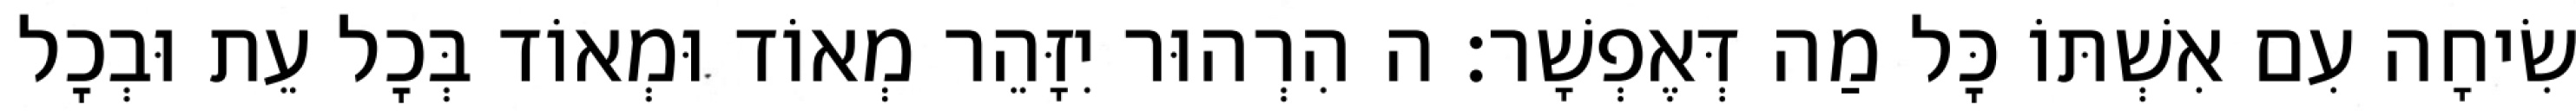
שִׂיחָה עִם אִשְׁתּוֹ כׇּל מַה דְּאֶפְשָׁר: ה הִרְהוּר יִזָּהֵר מְאוֹד וּמְאוֹד בְּכׇל עֵת וּבְכׇל